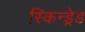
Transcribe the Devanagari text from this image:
स्किन्ड्रेड